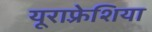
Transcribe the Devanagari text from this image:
यूराफ़्रेशिया